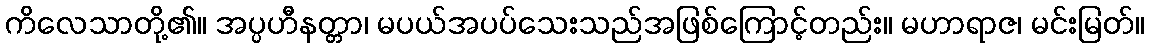
ကိလေသာတို့၏။ အပ္ပဟီနတ္တာ၊ မပယ်အပပ်သေးသည်အဖြစ်ကြောင့်တည်း။ မဟာရာဇ၊ မင်းမြတ်။